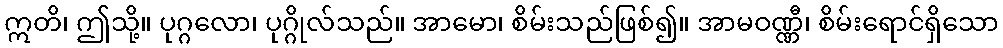
ဣတိ၊ ဤသို့။ ပုဂ္ဂလော၊ ပုဂ္ဂိုလ်သည်။ အာမော၊ စိမ်းသည်ဖြစ်၍။ အာမဝဏ္ဏီ၊ စိမ်းရောင်ရှိသော